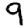
Digit: 9